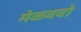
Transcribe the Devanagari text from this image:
मेळववो